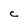
Character: c